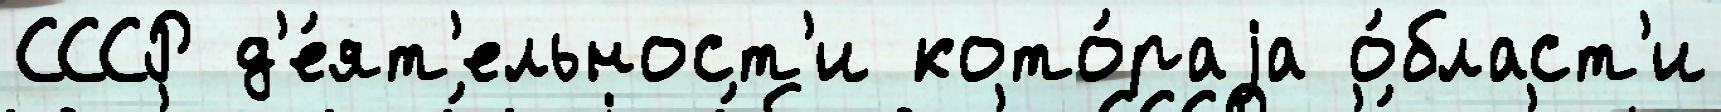
СССР д'е́ят'ельност'и кото́раjа о́бласт'и